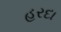
હરદા